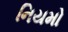
નિયમો